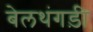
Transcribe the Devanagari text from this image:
बेलथंगड़ी